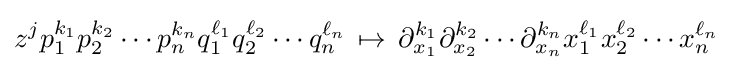
z^{j}p_{1}^{k_{1}}p_{2}^{k_{2}}\cdots p_{n}^{k_{n}}q_{1}^{\ell _{1}}q_{2}^{\ell _{2}}\cdots q_{n}^{\ell _{n}}\,\mapsto \,\partial _{x_{1}}^{k_{1}}\partial _{x_{2}}^{k_{2}}\cdots \partial _{x_{n}}^{k_{n}}x_{1}^{\ell _{1}}x_{2}^{\ell _{2}}\cdots x_{n}^{\ell _{n}}~